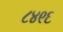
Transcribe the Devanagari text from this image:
८४९६